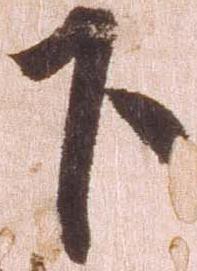
下